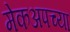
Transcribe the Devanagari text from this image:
मेकअपच्या